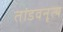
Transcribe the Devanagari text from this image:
तांडवनृत्य